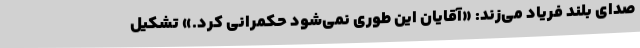
صدای بلند فریاد می‌زند: «آقایان این طوری نمی‌شود حکمرانی کرد.» تشکیل